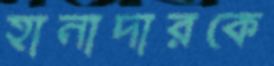
হানাদারকে